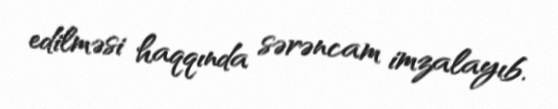
edilməsi haqqında sərəncam imzalayıb.